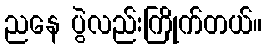
ညနေ ပွဲလည်းကြိုက်တယ်။